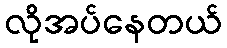
လိုအပ်နေတယ်